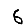
Digit: 6